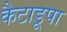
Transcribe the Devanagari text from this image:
कैटाडूपा